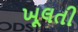
ખૂલતી